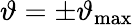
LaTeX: \vartheta=\pm\vartheta_{\mathrm{max}}